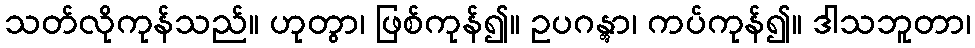
သတ်လိုကုန်သည်။ ဟုတွာ၊ ဖြစ်ကုန်၍။ ဥပဂန္တွာ၊ ကပ်ကုန်၍။ ဒါသဘူတာ၊